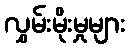
လွှမ်းမိုးမှုများ